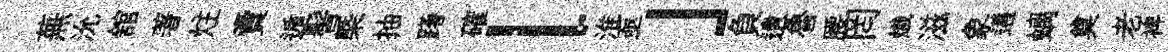
蕪沇舘著炷賣遁髻槩抽躇確l淮亟」負遺魯腰罔熾滋象遘螭奠老裨